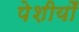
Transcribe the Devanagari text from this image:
पेशीयोँ